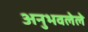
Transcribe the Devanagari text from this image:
अनुभवलेले